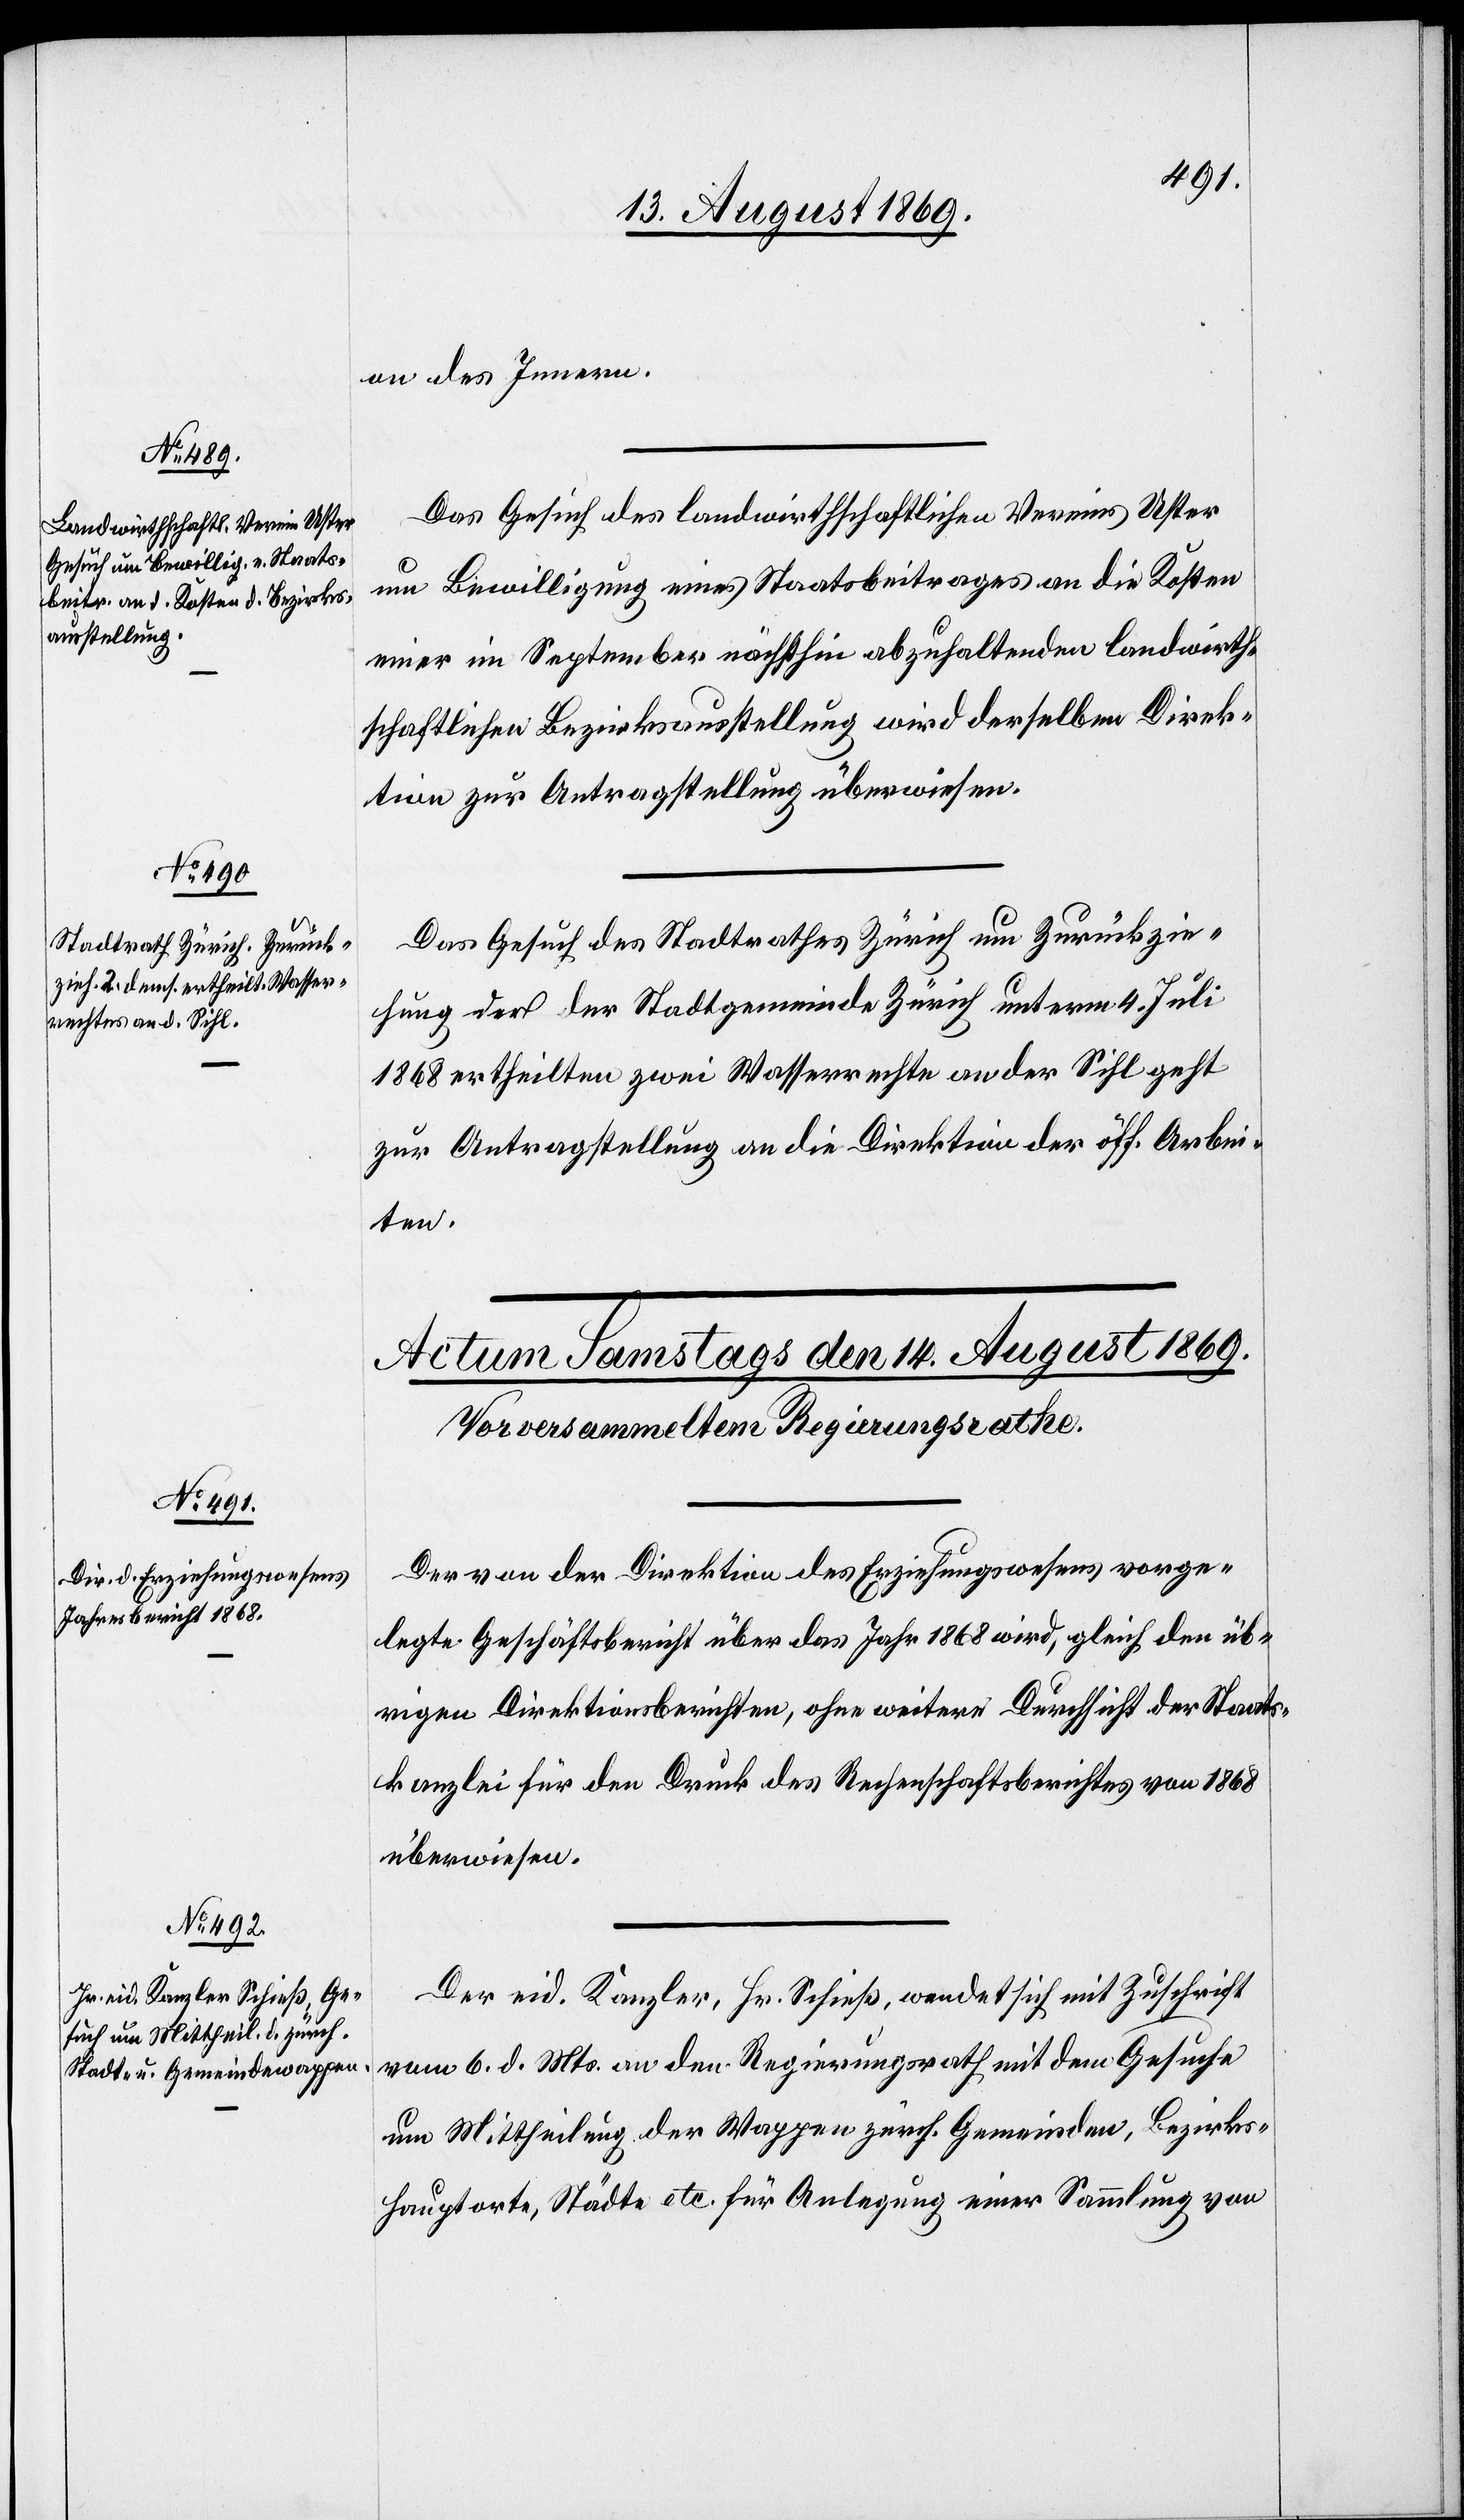
13. August 1869.]
on des Innern.
vom 6. d.
Das Gesuch des landwirthschaftlichen Vereins Uster
um Bewilligung eines Staatsbeitrages an die Kosten
einer im September nächsthin abzuhaltenden landwirth¬
schaftlichen Bezirksausstellung wird derselben Direk¬
tion zur Antragstellung überwiesen.
Das Gesuch des Stadtrathes Zürich um Zurückzie¬
hung der der Stadtgemeinde Zürich unterm 4. Juli
1868 ertheilten zwei Wasserrechte an der Sihl geht
zur Antragstellung an die Direktion der öff. Arbei¬
ten.
Der von der Direktion des Erziehungswesens vorge¬
legte Geschäftsbericht über das Jahr 1868 wird, gleich den üb¬
rigen Direktionsberichten, ohne weitere Durchsicht der Staats¬
kanzlei für den Druck des Rechenschaftsberichtes von 1868
überwiesen.
Der eid. Kanzler, Hr. Schieß, wendet sich mit Zuschrift
um Mittheilung der Wappen zürch. Gemeinden, Bezirks¬
hauptorte, Städte etc. für Anlegung einer Sammlung von